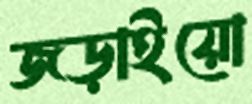
জড়াইয়ো